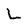
Character: L